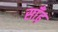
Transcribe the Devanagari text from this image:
साँढ़़